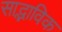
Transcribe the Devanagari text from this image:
साद्भाविक